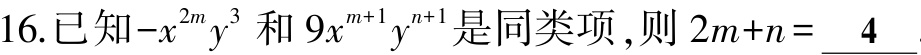
16.已知\(-x^{2m}y^{3}\)和\(9x^{m + 1}y^{n + 1}\)是同类项，则\(2m + n = \underline{4}\)